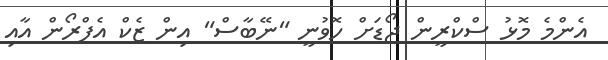
އެންމެ މޮޅު ސްކްރީން ޖޯޑަށް ހޮވުނީ "ނޭބާސް" އިން ޒެކް އެފްރޯން އާއި